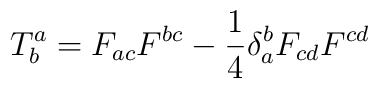
T_{b}^{a}=F_{ac}F^{bc}-\frac{1}{4}\delta _{a}^{b}F_{cd}F^{cd}